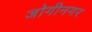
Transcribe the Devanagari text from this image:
जोगीनगर